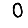
Digit: 0